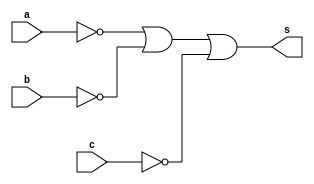
// ------------------------- 
// Exercicio05  - OR 
// Nome: Arturo M A Junior 
// ------------------------- 
// ------------------------- 
// -- or gate 
// ------------------------- 

	module orgate ( output s,input a,input b,input c ); 
	assign s = ~a | ~b | ~c; 
	endmodule // orgate 

// --------------------- 
// -- test or gate 
// --------------------- 
	
	module testorgate; 

// ------------------------- dados locais 
	
	reg a, b, c; // definir registradores 
	wire s; // definir conexao (fio) 

// ------------------------- instancia 

	orgate OR1 (s, a, b, c); 

// ------------------------- preparacao 
	
	initial begin:start 
	a=0; b=0; c=0;
	end 

// ------------------------- parte principal 

	initial begin 
	$display("Exercicio05 - Arturo M A Junior - 396675"); 
	$display("Test OR gate"); 
	$display("\na & b & c = s\n"); 
	a=0; b=0; c=0;
	#1 $display("%b & %b & %b = %b", a, b, c, s); 
	a=0; b=0; c=1; 
	#1 $display("%b & %b & %b = %b", a, b, c, s); 
	a=0; b=1; c=0; 
	#1 $display("%b & %b & %b = %b", a, b, c, s); 
	a=1; b=0; c=0; 
	#1 $display("%b & %b & %b = %b", a, b, c, s);
	a=1; b=1; c=0;
	#1 $display("%b & %b & %b = %b", a, b, c, s);
	a=1; b=0; c=1;
	#1 $display("%b & %b & %b = %b", a, b, c, s);
	a=0; b=1; c=1;
	#1 $display("%b & %b & %b = %b", a, b, c, s);
	a=1; b=1; c=1; 
	end 
	endmodule // testorgate